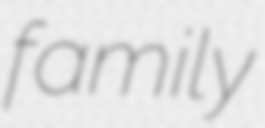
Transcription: family